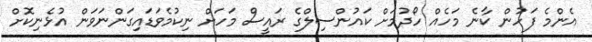
އެންމެ ފަހުން ކާނެ މަހެއް ހޯދުމަށް ކައުންސިލްގެ ރައީސް މަހަށް ނިކުމެވަޑައިގަންނަވަން އުޅެނިކޮށް